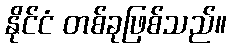
နိုင်ငံ တစ်ခုဖြစ်သည်။